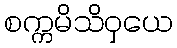
စက္ကမိသိဝှယေ